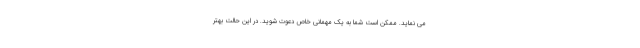
می نماید. ممکن است شما به یک مهمانی خاص دعوت شوید. در این حالت بهتر